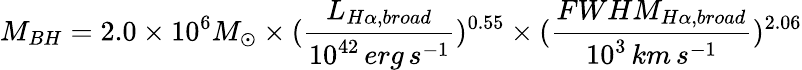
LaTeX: M_{BH}=2.0\times 10^{6}M_{\odot}\times(\frac{L_{H\alpha,broad}}{10^{42}\, erg\, s^{-1}})^{0.55}\times(\frac{FWHM_{H\alpha,broad}}{10^{3}\, km\, s^{-1}})^{2.06}